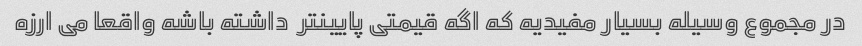
در مجموع وسیله بسیار مفیدیه که اگه قیمتی پایینتر  داشته باشه واقعا می ارزه